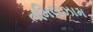
તમિલઝામ